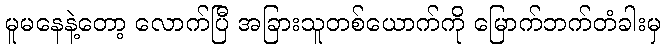
မူမနေနဲ့တော့ လောက်ပြီ အခြားသူတစ်ယောက်ကို မြောက်ဘက်တံခါးမှ